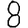
Digit: 8